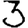
Digit: 3